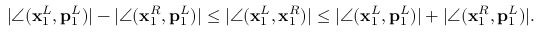
| \angle ( \mathbf { x } _ { 1 } ^ { L } , \mathbf { p } _ { 1 } ^ { L } ) | - | \angle ( \mathbf { x } _ { 1 } ^ { R } , \mathbf { p } _ { 1 } ^ { L } ) | \leq | \angle ( \mathbf { x } _ { 1 } ^ { L } , \mathbf { x } _ { 1 } ^ { R } ) | \leq | \angle ( \mathbf { x } _ { 1 } ^ { L } , \mathbf { p } _ { 1 } ^ { L } ) | + | \angle ( \mathbf { x } _ { 1 } ^ { R } , \mathbf { p } _ { 1 } ^ { L } ) | .